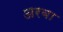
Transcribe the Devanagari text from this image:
अरबा